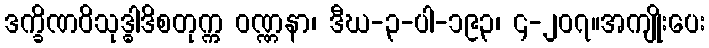
ဒက္ခိဏဝိသုဒ္ဓါဒိစတုက္က ဝဏ္ဏနာ၊ ဒီဃ-၃-ပါ-၁၉၃၊ ၄-၂၀၇။အကျိုးပေး